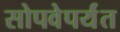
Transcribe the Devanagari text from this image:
सोपवेपर्यंत